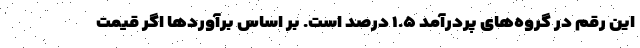
این رقم در گروه‌های پردرآمد ۱.۵ درصد است. بر اساس برآوردها اگر قیمت